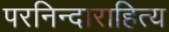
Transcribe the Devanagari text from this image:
परनिन्दाराहित्य